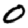
Digit: 0